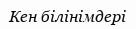
Кен білінімдері